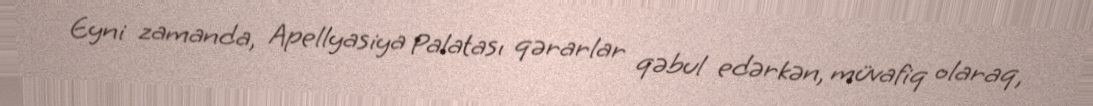
Eyni zamanda, Apellyasiya Palatası qərarlar qəbul edərkən, müvafiq olaraq,